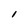
Character: 1